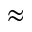
\approx